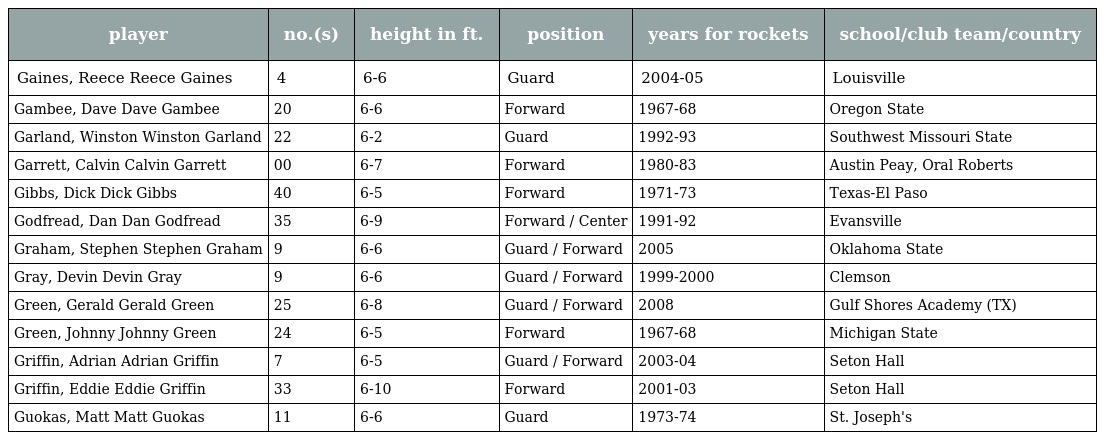
| player | no.(s) | height in ft. | position | years for rockets | school/club team/country |
 | --- | --- | --- | --- | --- | --- |
 | Gaines, Reece Reece Gaines | 4 | 6-6 | Guard | 2004-05 | Louisville |
 | Gambee, Dave Dave Gambee | 20 | 6-6 | Forward | 1967-68 | Oregon State |
 | Garland, Winston Winston Garland | 22 | 6-2 | Guard | 1992-93 | Southwest Missouri State |
 | Garrett, Calvin Calvin Garrett | 00 | 6-7 | Forward | 1980-83 | Austin Peay, Oral Roberts |
 | Gibbs, Dick Dick Gibbs | 40 | 6-5 | Forward | 1971-73 | Texas-El Paso |
 | Godfread, Dan Dan Godfread | 35 | 6-9 | Forward / Center | 1991-92 | Evansville |
 | Graham, Stephen Stephen Graham | 9 | 6-6 | Guard / Forward | 2005 | Oklahoma State |
 | Gray, Devin Devin Gray | 9 | 6-6 | Guard / Forward | 1999-2000 | Clemson |
 | Green, Gerald Gerald Green | 25 | 6-8 | Guard / Forward | 2008 | Gulf Shores Academy (TX) |
 | Green, Johnny Johnny Green | 24 | 6-5 | Forward | 1967-68 | Michigan State |
 | Griffin, Adrian Adrian Griffin | 7 | 6-5 | Guard / Forward | 2003-04 | Seton Hall |
 | Griffin, Eddie Eddie Griffin | 33 | 6-10 | Forward | 2001-03 | Seton Hall |
 | Guokas, Matt Matt Guokas | 11 | 6-6 | Guard | 1973-74 | St. Joseph's |